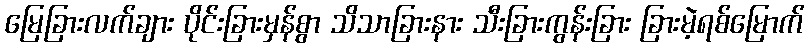
မြေခြားလက်ချား ပိုင်းခြားမှန်စွာ သိသာခြားနား သီးခြားကွန်းခြား ခြားမဲ့ရစ်မြောက်